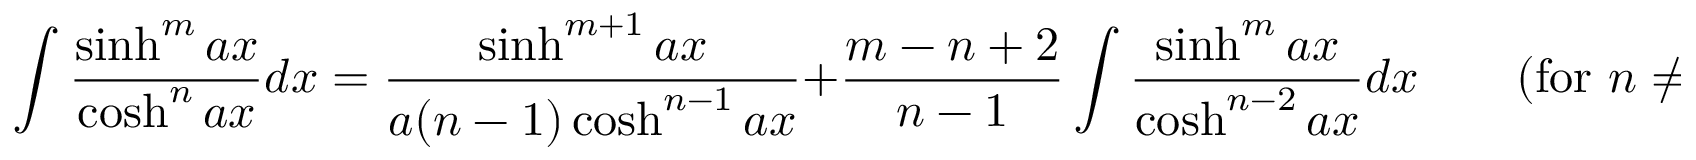
\int { \frac { \sinh ^ { m } a x } { \cosh ^ { n } a x } } d x = { \frac { \sinh ^ { m + 1 } a x } { a ( n - 1 ) \cosh ^ { n - 1 } a x } } + { \frac { m - n + 2 } { n - 1 } } \int { \frac { \sinh ^ { m } a x } { \cosh ^ { n - 2 } a x } } d x \qquad { \mathrm { ( f o r ~ } } n \neq 1 { \mathrm { ) } }